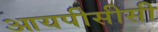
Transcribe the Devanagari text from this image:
आयपीसीसी